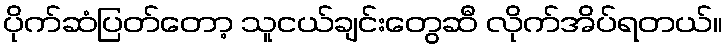
ပိုက်ဆံပြတ်တော့ သူငယ်ချင်းတွေဆီ လိုက်အိပ်ရတယ်။